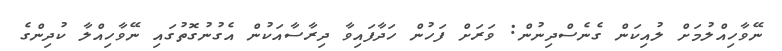
ނޭވާހިއްލުމަށް ލުއިކަން ގެނެސްދިނުން: ވަރަށް ފަހުން ހަދާފައިވާ ދިރާސާއަކުން އެގުނުގޮތުގައި ނޭވާހިއްލާ ކުދިންގެ